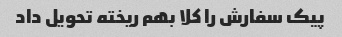
پیک سفارش را کلا بهم ریخته تحویل داد